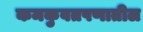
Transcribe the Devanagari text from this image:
कमकुवतपणातील